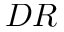
D R